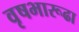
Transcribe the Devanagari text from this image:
वृषभारूढा